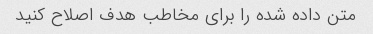
متن داده شده را برای مخاطب هدف اصلاح کنید